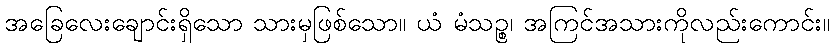
အခြေလေးချောင်းရှိသော သားမှဖြစ်သော။ ယံ မံသဉ္စ၊ အကြင်အသားကိုလည်းကောင်း။